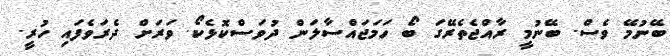
ބޭނުމޭ ވެސް. ބޭނުމީ ރާއްޖެތެރޭގަ ބޯ ހަމަޖައްސާލަން ދުވަސްކޮޅެކޯ. ވަރަށް ދެރަވެފައި ހުރީ.